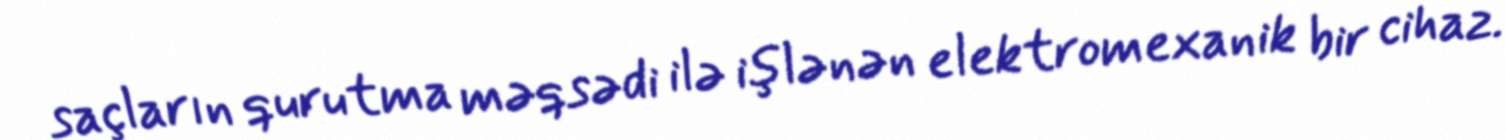
saçların qurutma məqsədi ilə işlənən elektromexanik bir cihaz.